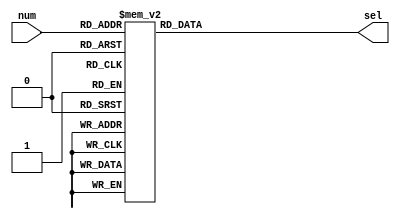
`timescale 1ns / 1ps
//////////////////////////////////////////////////////////////////////////////////
// Company: 
// Engineer: 
// 
// Design Name: 
// Module Name: decoder3_8
// Project Name: 
// Target Devices: 
// Tool Versions: 
// Description: 
// 
// Dependencies: 
// 
// Revision:
// Revision 0.01 - File Created
// Additional Comments:
// 
//////////////////////////////////////////////////////////////////////////////////

module decoder3_8(num, sel);
    input [2: 0] num;       // 0~7
    output reg [7:0] sel;       // 7
    always@(num)  begin
        case(num[2:0]) 
            3'b000 : sel[7:0] = 8'b11111110;
            3'b001 : sel[7:0] = 8'b11111101;
            3'b010 : sel[7:0] = 8'b11111011;
            3'b011 : sel[7:0] = 8'b11110111;
            3'b100 : sel[7:0] = 8'b11101111;
            3'b101 : sel[7:0] = 8'b11011111;
            3'b110 : sel[7:0] = 8'b10111111;
            3'b111 : sel[7:0] = 8'b01111111;
        endcase
    end
endmodule